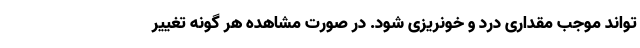
تواند موجب مقداری درد و خونریزی شود. در صورت مشاهده هر گونه تغییر